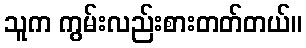
သူက ကွမ်းလည်းစားတတ်တယ်။